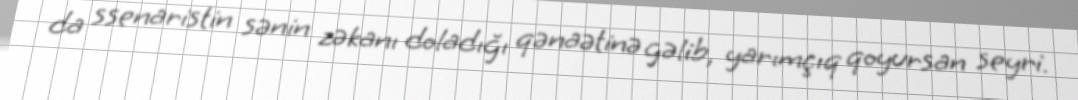
da ssenaristin sənin zəkanı doladığı qənaətinə gəlib, yarımçıq qoyursan seyri.